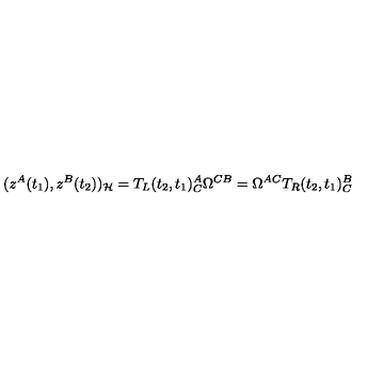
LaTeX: ( z ^ { A } ( t _ { 1 } ) , z ^ { B } ( t _ { 2 } ) ) _ { \cal H } = T _ { L } ( t _ { 2 } , t _ { 1 } ) _ { C } ^ { A } \Omega ^ { C B } = \Omega ^ { A C } T _ { R } ( t _ { 2 } , t _ { 1 } ) _ { C } ^ { B }